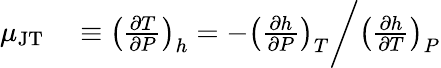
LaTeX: \begin{array}{rl}{\mu_{\mathrm{JT}}}&{{}\equiv\left(\frac{\partial T}{\partial P}\right)_{h}=-\left(\frac{\partial h}{\partial P}\right)_{T}\bigg/\left(\frac{\partial h}{\partial T}\right)_{P}}\end{array}